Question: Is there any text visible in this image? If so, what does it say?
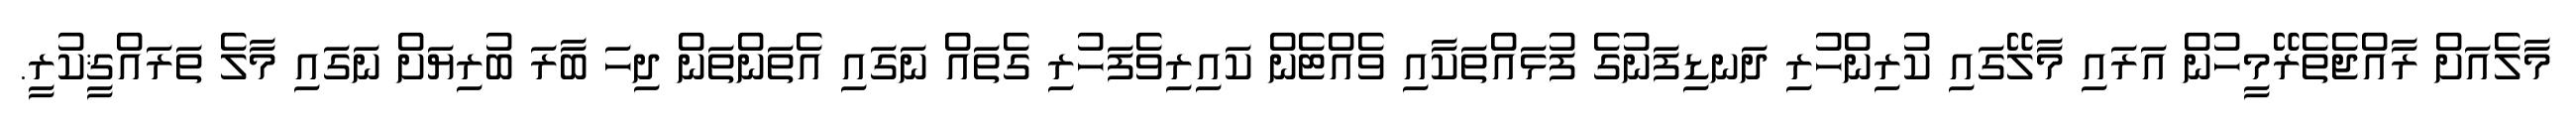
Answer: މާލެއަށް ރާއްޖެތެރޭމީހުން އަރައި މާލޭގައި ކުރިންހުރި ދަނޑިފަނުގެ ފުޅައްތަކާއި ވެއްޓެން ކައިރިވެފަހުރި ގެތައް ނަގައި އެތަންތަން ދިހަ ބާރަ ބުރިޔަށް ނަގައި މާލެ ތަރައްޤީކުރީ.